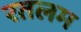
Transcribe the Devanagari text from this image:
रतलम